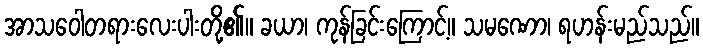
အာသဝေါတရားလေးပါးတို့၏။ ခယာ၊ ကုန်ခြင်းကြောင့်။ သမဏော၊ ရဟန်းမည်သည်။